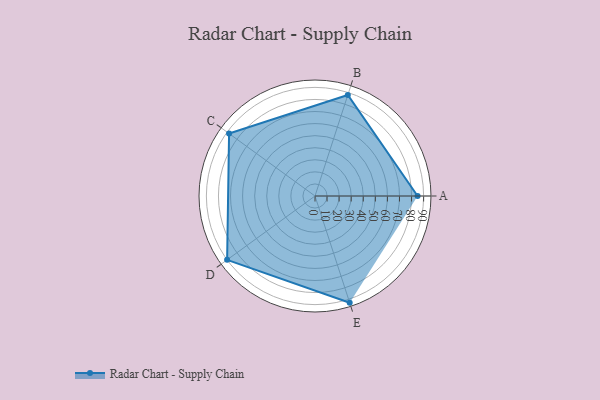
{"axis": {"x": "Skill", "y": "Score"}, "legend": ["Profile"], "data": [{"x": "A", "y": 85.0, "type": "Profile"}, {"x": "B", "y": 88.0, "type": "Profile"}, {"x": "C", "y": 88.0, "type": "Profile"}, {"x": "D", "y": 90.0, "type": "Profile"}, {"x": "E", "y": 93.0, "type": "Profile"}]}